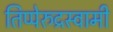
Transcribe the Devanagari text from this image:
तिप्पेरुद्रस्वामी